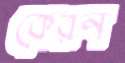
কেরন